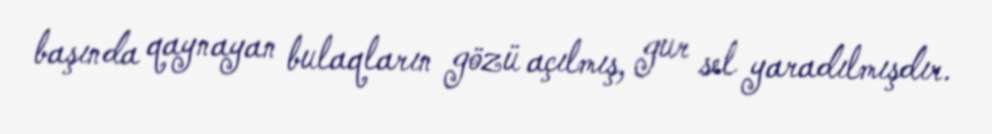
başında qaynayan bulaqların gözü açılmış, gur sel yaradılmışdır.